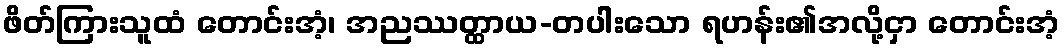
ဖိတ်ကြားသူထံ တောင်းအံ့၊ အညဿတ္ထာယ-တပါးသော ရဟန်း၏အလို့ငှာ တောင်းအံ့